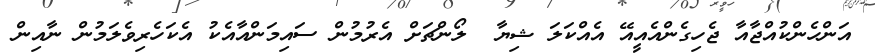
އަންހެންކުއްްޖާއާ ޖެހިގެންއެއީއޭ އެއްކަލަ ޝިޔާ  ލޯންޗަށް އެރުމުން ސައިމަންއާއެކު އެކަހެރިވެލަމުން ނާއިން